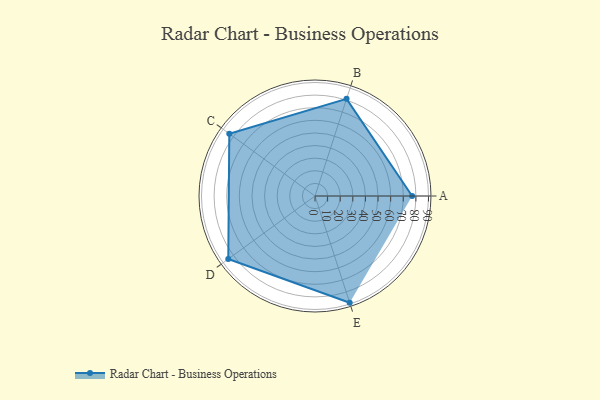
{"axis": {"x": "Skill", "y": "Score"}, "legend": ["Profile"], "data": [{"x": "A", "y": 77.0, "type": "Profile"}, {"x": "B", "y": 81.0, "type": "Profile"}, {"x": "C", "y": 84.0, "type": "Profile"}, {"x": "D", "y": 85.0, "type": "Profile"}, {"x": "E", "y": 89.0, "type": "Profile"}]}